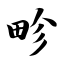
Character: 畛